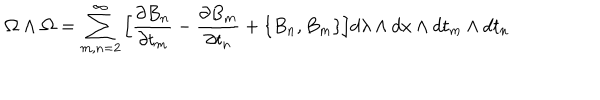
{ \bf \Omega } \wedge { \bf \Omega } = \sum _ { m , n = 2 } ^ { \infty } \Big [ { \frac { \partial { B } _ { n } } { \partial t _ { m } } } - { \frac { \partial { B } _ { m } } { \partial t _ { n } } } + \{ { B } _ { n } , { B } _ { m } \} \Big ] d \lambda \wedge d x \wedge d t _ { m } \wedge d t _ { n }